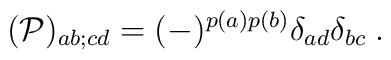
({\cal P})_{ab;cd} = (-)^{p(a)p(b)} \delta_{ad} \delta_{bc}\; .